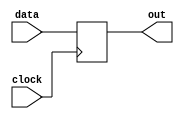
module register16_bit(data, clock, out);

	input [15:0] data;
	input clock;
	output reg [15:0] out;

	initial
	begin
		out = 16'd0;
	end
	
	always @(posedge clock)
	begin
		out = data;
	end

endmodule